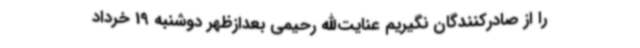
را از صادرکنندگان نگیریم عنایت‌الله رحیمی بعدازظهر دوشنبه 19 خرداد